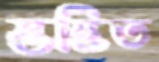
স্তম্ভিত